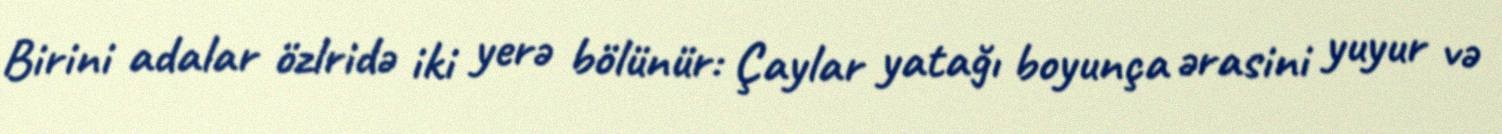
Birini adalar özlridə iki yerə bölünür: Çaylar yatağı boyunça ərasini yuyur və